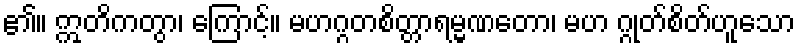
၏။ ဣတိကတွာ၊ ကြောင့်။ မဟဂ္ဂတစိတ္တာရမ္မဏတော၊ မဟ ဂ္ဂုတ်စိတ်ဟူသော